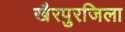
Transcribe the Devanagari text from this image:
खैरपुरजिला